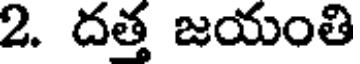
2. దత్త జయంతి